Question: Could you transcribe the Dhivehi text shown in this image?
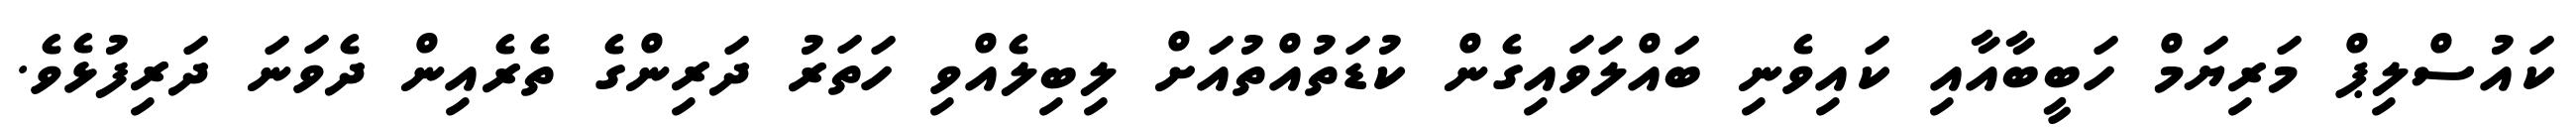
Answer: ކައުސްލިޕް މަރިޔަމް ހަބީބާއާއި ކައިވެނި ބައްލަވައިގެން ކުޑަތުއްތުއަށް ލިބިލެއްވި ހަތަރު ދަރިންގެ ތެރެއިން ދެވަނަ ދަރިފުޅެވެ.